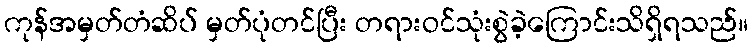
ကုန်အမှတ်တံဆိပ် မှတ်ပုံတင်ပြီး တရားဝင်သုံးစွဲခဲ့ကြောင်းသိရှိရသည်။